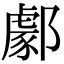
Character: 𨞙